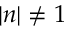
| n | \neq 1